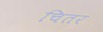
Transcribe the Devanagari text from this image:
चितर